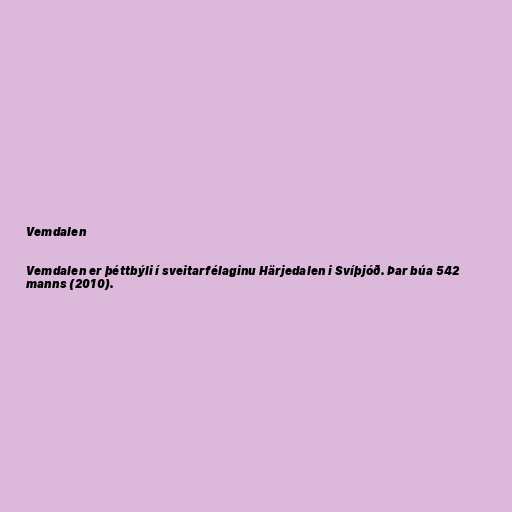
Vemdalen

Vemdalen er þéttbýli í sveitarfélaginu Härjedalen i Svíþjóð. Þar búa 542
manns (2010).